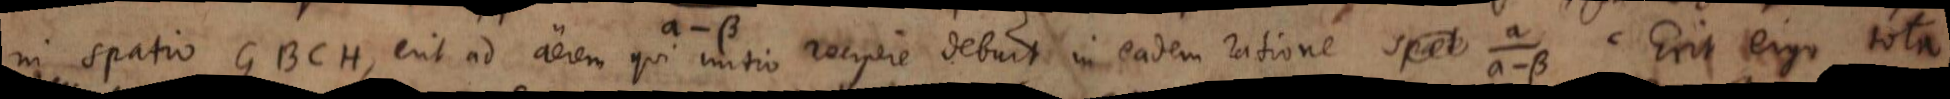
in spatio GBCH, erit ad aerem qui initio recipere debuit in eadem ratione _. Erit ergo tota